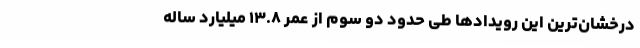
درخشان‌ترینِ این رویدادها طی حدود دو سوم از عمر ۱۳.۸ میلیارد ساله